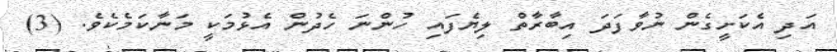
އަދި އެކަށީގެން ނުވާފަދަ އިބާރާތް ލިޔެފައި ހުންނަ ހެދުން އެޅުމަކީ މަނާކަމެކެވެެ. (3)